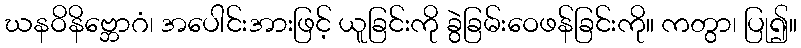
ဃနဝိနိဗ္ဘောဂံ၊ အပေါင်းအားဖြင့် ယူခြင်းကို ခွဲခြမ်းဝေဖန်ခြင်းကို။ ကတွာ၊ ပြု၍။